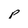
Character: p